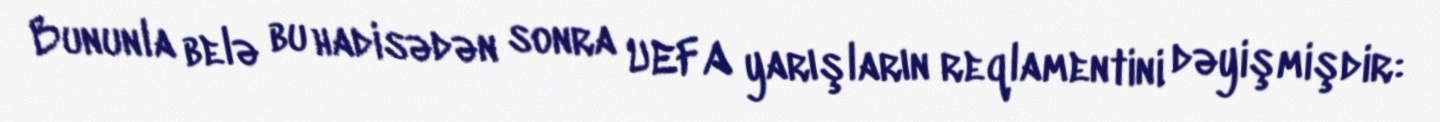
Bununla belə bu hadisədən sonra UEFA yarışların reqlamentini dəyişmişdir: